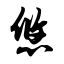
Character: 悠